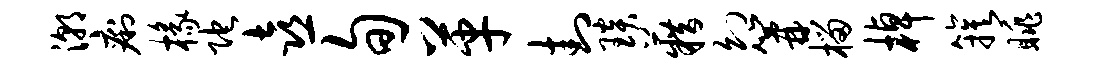
潮痢椽陀喜旬革封琰籍幻篝榴棹簇眺